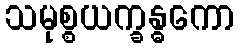
သမုစ္စယက္ခန္ဓကော